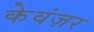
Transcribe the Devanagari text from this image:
केवंज़र